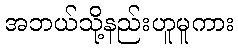
အဘယ်သို့နည်းဟူမူကား